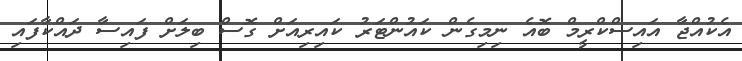
އެކުއްޖާ އައިސްކްރީމް ބޮއެ ނިމިގެން ކައުންޓަރު ކައިރިއަށް ގޮސް ބިލަށް ފައިސާ ދައްކާފައި